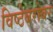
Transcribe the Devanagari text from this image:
विष्ठेबरोबर